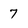
Character: 7